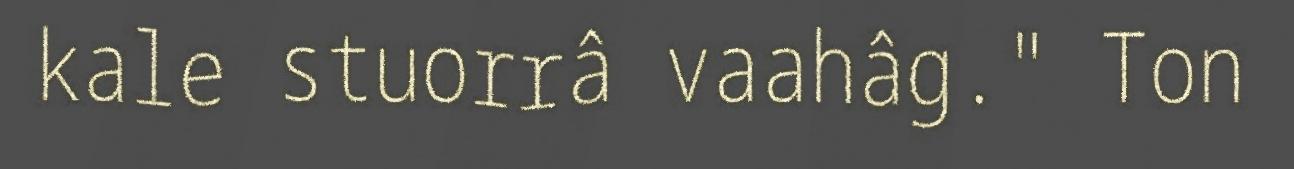
kale stuorrâ vaahâg." Ton